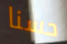
حسنا